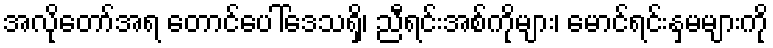
အလိုတော်အရ တောင်ပေါ်ဒေသရှိ၊ ညီရင်းအစ်ကိုများ၊ မောင်ရင်းနှမများကို